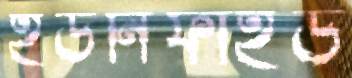
ইউনিফাইড